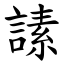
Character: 䛾